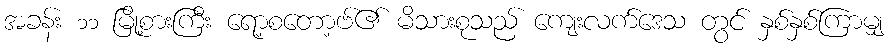
အခန်း ၁၁ မြို့စားကြီး ရော့စတော့ဗ်၏ မိသားစုသည် ကျေးလက်ဒေသ တွင် နှစ်နှစ်ကြာမျှ